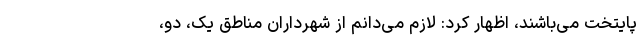
پایتخت می‌باشند، اظهار کرد: لازم می‌دانم از شهرداران مناطق یک، دو،